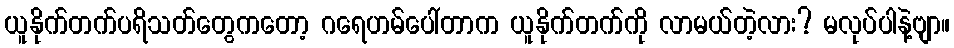
ယူနိုက်တက်ပရိသတ်တွေကတော့ ဂရေဟမ်ပေါ်တာက ယူနိုက်တက်ကို လာမယ်တဲ့လား? မလုပ်ပါနဲ့ဗျာ။